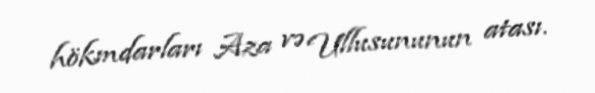
hökmdarları Aza və Ullusununun atası.